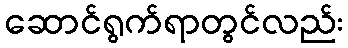
ဆောင်ရွက်ရာတွင်လည်း